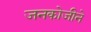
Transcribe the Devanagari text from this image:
जनकोजीने